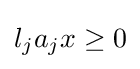
l_{j}a_{j}x\geq 0